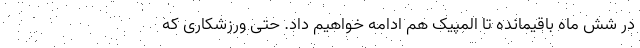
در شش ماه باقیمانده تا المپیک هم ادامه خواهیم داد. حتی ورزشکاری که